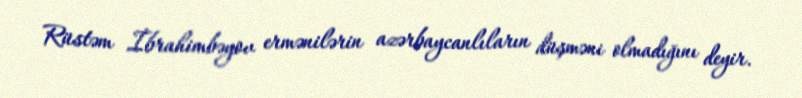
Rüstəm İbrahimbəyov ermənilərin azərbaycanlıların düşməni olmadığını deyir.